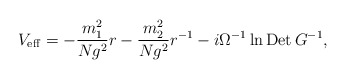
\begin{align*}V_{\rm eff}=-\frac{m^2_1}{Ng^2}r -\frac{m^2_2}{Ng^2}r^{-1}-i\Omega^{-1}\ln{\rm Det}\,G^{-1},\end{align*}